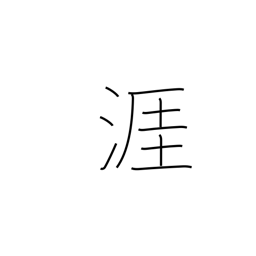
Meaning: shore